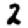
Digit: 2